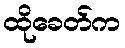
ထိုခေတ်က